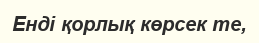
Енді қорлық көрсек те,